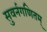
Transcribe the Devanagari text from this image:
सुवर्नगणितम्